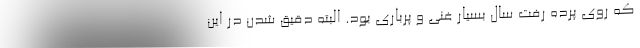
که روی پرده رفت سال بسیار غنی و پرباری بود. البته دقیق شدن در این